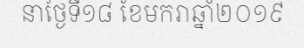
នាថ្ងៃទី១៨ ខែមករាឆ្នាំ២០១៩